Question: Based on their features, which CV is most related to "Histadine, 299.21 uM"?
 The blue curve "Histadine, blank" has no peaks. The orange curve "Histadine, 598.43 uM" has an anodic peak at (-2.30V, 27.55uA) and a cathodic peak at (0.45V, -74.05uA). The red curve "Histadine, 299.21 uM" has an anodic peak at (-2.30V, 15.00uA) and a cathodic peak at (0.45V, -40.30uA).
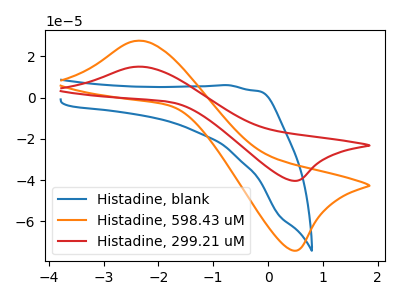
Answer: <think>"Histadine, blank" and "Histadine, 598.43 uM" have a different number of peaks. "Histadine, blank" and "Histadine, 299.21 uM" have a different number of peaks. All the peaks in "Histadine, 598.43 uM" have a peak in "Histadine, 299.21 uM" at the same potential. Every peak in "Histadine, 598.43 uM" is higher than every peak in "Histadine, 299.21 uM".
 </think>
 <answer>The CV with the most similar shape to "Histadine, 598.43 uM" is "Histadine, 299.21 uM".</answer>
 <eval>"Histadine, 299.21 uM"</eval>